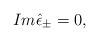
LaTeX: \begin{align*}Im\hat \epsilon _{\pm }=0,\end{align*}